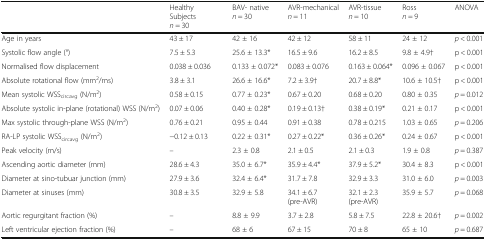
<table><thead><tr><td></td><td><b>Healthy Subjects<i>n</i> = 30</b></td><td><b>BAV- native <i>n</i> = 30</b></td><td><b>AVR-mechanical <i>n</i> = 11</b></td><td><b>AVR-tissue <i>n</i> = 10</b></td><td><b>Ross <i>n</i> = 9</b></td><td><b>ANOVA</b></td></tr></thead><tbody><tr><td>Age in years</td><td>43 ± 17</td><td>42 ± 16</td><td>42 ± 12</td><td>58 ± 11</td><td>24 ± 12</td><td><i>p</i> &lt; 0.001</td></tr><tr><td>Systolic flow angle (°)</td><td>7.5 ± 5.3</td><td>25.6 ± 13.3*</td><td>16.5 ± 9.6</td><td>16.2 ± 8.5</td><td>9.8 ± 4.9†</td><td>p &lt; 0.001</td></tr><tr><td>Normalised flow displacement</td><td>0.038 ± 0.036</td><td>0.133 ± 0.072*</td><td>0.083 ± 0.076</td><td>0.163 ± 0.064*</td><td>0.096 ± 0.067</td><td>p &lt; 0.001</td></tr><tr><td>Absolute rotational flow (mm<sup>2</sup>/ms)</td><td>3.8 ± 3.1</td><td>26.6 ± 16.6*</td><td>7.2 ± 3.9†</td><td>20.7 ± 8.8*</td><td>10.6 ± 10.5†</td><td>p &lt; 0.001</td></tr><tr><td>Mean systolic WSS<sub>circavg</sub> (N/m<sup>2</sup>)</td><td>0.58 ± 0.15</td><td>0.77 ± 0.23*</td><td>0.67 ± 0.20</td><td>0.68 ± 0.20</td><td>0.80 ± 0.35</td><td><i>p</i> = 0.012</td></tr><tr><td>Absolute systolic in-plane (rotational) WSS (N/m<sup>2</sup>)</td><td>0.07 ± 0.06</td><td>0.40 ± 0.28*</td><td>0.19 ± 0.13†</td><td>0.38 ± 0.19*</td><td>0.21 ± 0.17</td><td>p &lt; 0.001</td></tr><tr><td>Max systolic through-plane WSS (N/m<sup>2</sup>)</td><td>0.76 ± 0.21</td><td>0.95 ± 0.44</td><td>0.91 ± 0.38</td><td>0.78 ± 0.215</td><td>1.03 ± 0.65</td><td><i>p</i> = 0.206</td></tr><tr><td>RA-LP systolic WSS<sub>circavg</sub> (N/m<sup>2</sup>)</td><td>−0.12 ± 0.13</td><td>0.22 ± 0.31*</td><td>0.27 ± 0.22*</td><td>0.36 ± 0.26*</td><td>0.24 ± 0.67</td><td>p &lt; 0.001</td></tr><tr><td>Peak velocity (m/s)</td><td>–</td><td>2.3 ± 0.8</td><td>2.1 ± 0.5</td><td>2.1 ± 0.3</td><td>1.9 ± 0.8</td><td><i>p</i> = 0.387</td></tr><tr><td>Ascending aortic diameter (mm)</td><td>28.6 ± 4.3</td><td>35.0 ± 6.7*</td><td>35.9 ± 4.4*</td><td>37.9 ± 5.2*</td><td>30.4 ± 8.3</td><td>p &lt; 0.001</td></tr><tr><td>Diameter at sino-tubuar junction (mm)</td><td>27.9 ± 3.6</td><td>32.4 ± 6.4*</td><td>31.7 ± 7.8</td><td>32.9 ± 3.3</td><td>31.0 ± 6.0</td><td><i>p</i> = 0.003</td></tr><tr><td>Diameter at sinuses (mm)</td><td>30.8 ± 3.5</td><td>32.9 ± 5.8</td><td>34.1 ± 6.7(pre-AVR)</td><td>32.1 ± 2.3(pre-AVR)</td><td>35.9 ± 5.7</td><td><i>p</i> = 0.068</td></tr><tr><td>Aortic regurgitant fraction (%)</td><td>–</td><td>8.8 ± 9.9</td><td>3.7 ± 2.8</td><td>5.8 ± 7.5</td><td>22.8 ± 20.6†</td><td><i>p</i> = 0.002</td></tr><tr><td>Left ventricular ejection fraction (%)</td><td>–</td><td>68 ± 6</td><td>67 ± 15</td><td>70 ± 8</td><td>65 ± 10</td><td><i>p</i> = 0.687</td></tr></tbody></table>